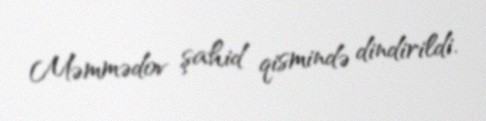
Məmmədov şahid qismində dindirildi.